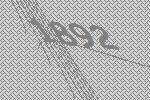
1892